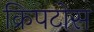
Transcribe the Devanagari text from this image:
क्रिपटोस